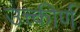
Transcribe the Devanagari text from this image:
उत्त्कीर्ण